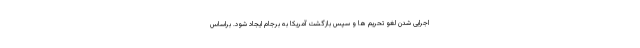
اجرایی شدن لغو تحریم ها و سپس بازگشت آمریکا به برجام ایجاد شود. براساس